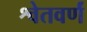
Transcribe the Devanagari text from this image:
श्वेतवर्णं